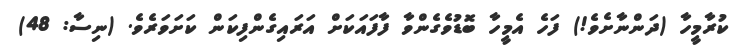
ކުރާމީހާ (ދަންނާށެވެ!) ފަހެ އެމީހާ ބޮޑުވެގެންވާ ފާފައަކަށް އަރައިގެންފިކަން ކަށަވަރެވެ. (ނިސާ: 48)